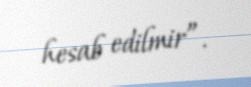
hesab edilmir”.